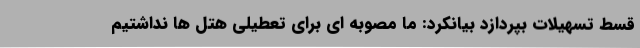
قسط تسهیلات بپردازد بیانکرد: ما مصوبه ای برای تعطیلی هتل ها نداشتیم